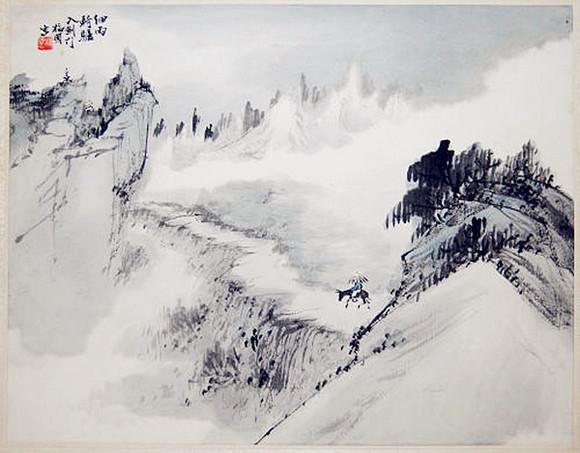
万里云间戍，立马剑门关。